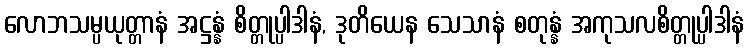
လောဘသမ္ပယုတ္တာနံ အဋ္ဌန္နံ စိတ္တုပ္ပါဒါနံ, ဒုတိယေန သေသာနံ စတုန္နံ အကုသလစိတ္တုပ္ပါဒါနံ